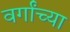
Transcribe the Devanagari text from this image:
वर्गांच्‍या